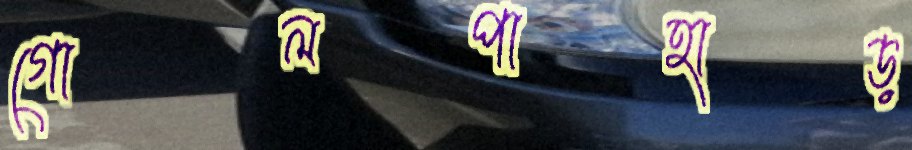
গোলপাহাড়